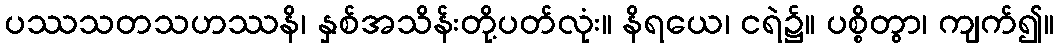
ပဿသတသဟဿနိ၊ နှစ်အသိန်းတို့ပတ်လုံး။ နိရယေ၊ ငရဲ၌။ ပစ္စိတွာ၊ ကျက်၍။